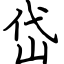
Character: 岱